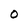
Character: 0